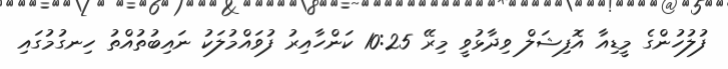
ފުލުހުންގެ މީޑިއާ އޮފިޝަލް ވިދާޅުވީ މިރޭ 10:25 ކަންހާއިރު ފުވައްމުލަކު ނައިބުތުއްތު ހިނގުމުގައި